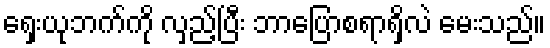
ရှေးယုဘက်ကို လှည့်ပြီး ဘာပြောစရာရှိလဲ မေးသည်။